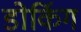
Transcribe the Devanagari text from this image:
डोर्किग